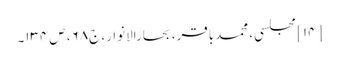
[۱۴] مجلسی، محمدباقر، بحارالانوار، ج۶۸، ص۱۳۴۔